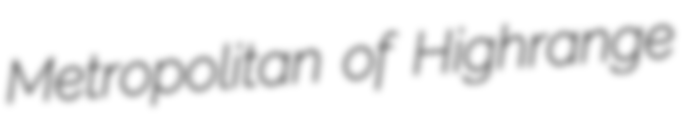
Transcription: Metropolitan of Highrange